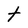
Character: t